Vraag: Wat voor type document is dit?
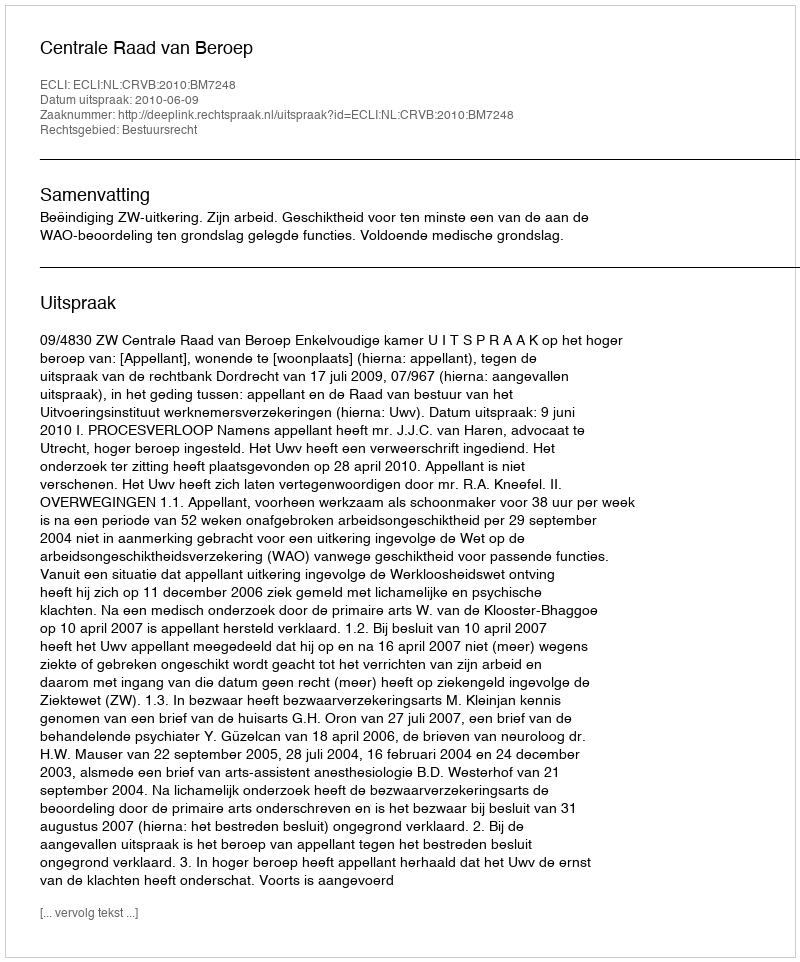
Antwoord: Uitspraak